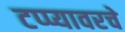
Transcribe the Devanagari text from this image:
टप्प्यावरचे